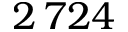
2 \, 7 2 4